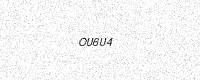
Text: OU6U4